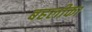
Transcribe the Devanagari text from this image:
बहलीका